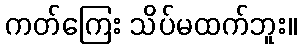
ကတ်ကြေး သိပ်မထက်ဘူး။